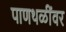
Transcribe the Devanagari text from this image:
पाणथळींवर